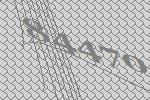
84470